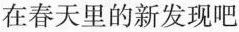
在春天里的新发现吧